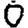
Digit: 0